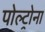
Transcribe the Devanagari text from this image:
पोल्ट्रोना